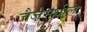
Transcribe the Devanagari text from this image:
जेजेमधील